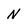
Character: N